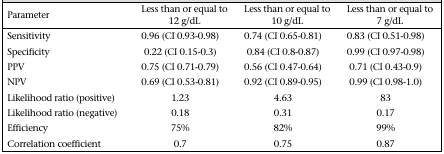
<table><thead><tr><td><b>Parameter</b></td><td><b>Less than or equal to 12 g/dL</b></td><td><b>Less than or equal to 10 g/dL</b></td><td><b>Less than or equal to 7 g/dL</b></td></tr></thead><tbody><tr><td>Sensitivity</td><td>0.96 (CI 0.93-0.98)</td><td>0.74 (CI 0.65-0.81)</td><td>0.83 (CI 0.51-0.98)</td></tr><tr><td>Specificity</td><td>0.22 (CI 0.15-0.3)</td><td>0.84 (CI 0.8-0.87)</td><td>0.99 (CI 0.97-0.98)</td></tr><tr><td>PPV</td><td>0.75 (CI 0.71-0.79)</td><td>0.56 (CI 0.47-0.64)</td><td>0.71 (CI 0.43-0.9)</td></tr><tr><td>NPV</td><td>0.69 (CI 0.53-0.81)</td><td>0.92 (CI 0.89-0.95)</td><td>0.99 (CI 0.98-1.0)</td></tr><tr><td>Likelihood ratio (positive)</td><td>1.23</td><td>4.63</td><td>83</td></tr><tr><td>Likelihood ratio (negative)</td><td>0.18</td><td>0.31</td><td>0.17</td></tr><tr><td>Efficiency</td><td>75%</td><td>82%</td><td>99%</td></tr><tr><td>Correlation coefficient</td><td>0.7</td><td>0.75</td><td>0.87</td></tr></tbody></table>